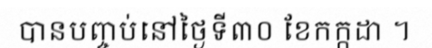
បានបញ្ចប់នៅថ្ងៃទី៣០ ខែកក្កដា ។